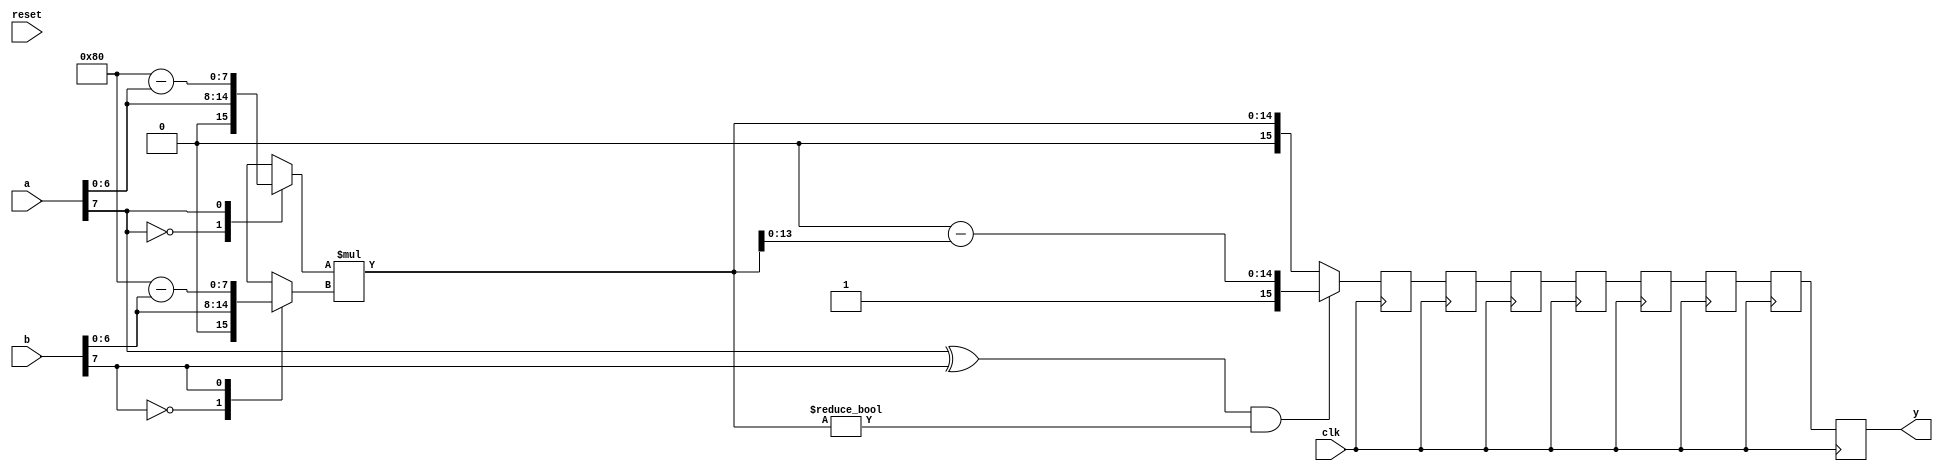
`timescale 1ns/1ps

module mult_piped_8x8_2sC (a, b, clk, reset, y);

input[7:0] a,b;
input clk,reset;
output[15:0] y;

  //--------------------------------------
  // Function: always @ posedge clk
  //   y(t=0) = a(t-8) * b(t-8)
  //
  // Simulation: PASSED
  // Synthesis: Needs re-timing feature in
  //            synthesis tool
  //
  //--------------------------------------

reg[7:0] aR[8:0];
reg[7:0] bR[8:0];
reg[15:0] yR[8:0];

always @ (posedge clk) // pipeline_stages
  begin
   aR[7] = aR[6]; // pipeline statements
   bR[7] = bR[6];
   yR[7] = yR[6];
   aR[6] = aR[5];
   bR[6] = bR[5];
   yR[6] = yR[5];
   aR[5] = aR[4];
   bR[5] = bR[4];
   yR[5] = yR[4];
   aR[4] = aR[3];
   bR[4] = bR[3];
   yR[4] = yR[3];
   aR[3] = aR[2];
   bR[3] = bR[2];
   yR[3] = yR[2];
   aR[2] = aR[1];
   bR[2] = bR[1];
   yR[2] = yR[1];
   aR[1] = aR[0];
   bR[1] = bR[0];
   yR[1] = yR[0];
            // multiply result (a*b) appears after +clk
   aR[0] = a;
   bR[0] = b;
   yR[0] = multiply_8x8_2sC (aR[0],bR[0]);
  end

function[15:0] multiply_8x8_2sC;
input[7:0] a,b;
reg[7:0] a_mag,b_mag;
reg[14:0] y_mag;
reg[14:0] y_neg;
begin
  case (a[7])
   0: a_mag = a[6:0];
   1: a_mag = 128 - a[6:0];        // max(a_mag) = 128, thus 8 bits
  endcase
  case (b[7])
    0: b_mag = b[6:0];
    1: b_mag = 128 - b[6:0];
  endcase
  y_mag = a_mag * b_mag;            // max(y_mag) = 16384, thus 15 bits
  if ((a[7] ^ b[7]) & (y_mag != 0)) // if (a * b) is -ve AND non-zero
  begin
  		// y_mag >=1, <= 16256, thus need only 14 bits
    y_neg = 32768 - y_mag[13:0];    // max(y_neg) = 32767, thus need 15 bits
    multiply_8x8_2sC = {1'b1,y_neg};
  end
  else
   multiply_8x8_2sC = y_mag;
end
endfunction

//assign y = multiply_8x8_2sC (a,b); // un_pipelined_output
assign y = yR[7];

endmodule